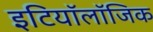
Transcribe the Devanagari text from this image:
इटियॉलॉजिक